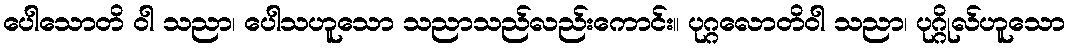
ပေါသောတိ ဝါ သညာ၊ ပေါသဟူသော သညာသည်လည်းကောင်း။ ပုဂ္ဂလောတိဝါ သညာ၊ ပုဂ္ဂိုလ်ဟူသော